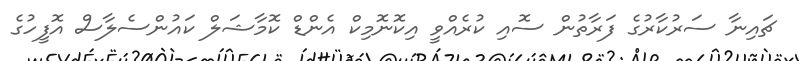
ޗައިނާ ސަރުކާރުގެ ފަރާތުން ސޮއި ކުރެއްވީ އިކޮނޮމިކް އެންޑް ކޮމާޝަލް ކައުންސެލާސް އޮފީހުގެ